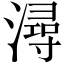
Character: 潯